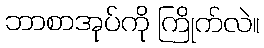
ဘာစာအုပ်ကို ကြိုက်လဲ။